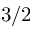
3 / 2